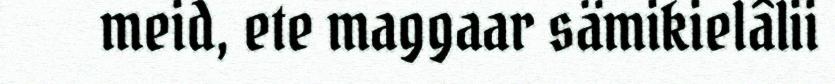
meid, ete maggaar sämikielâlii